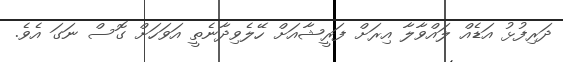
ދަރިފުޅު އަޑެއް ލައްވާލާ އިރަށް ފަރީޝާއަށް ހޭލެވިދާނެތީ އަވަހަށް ގޮސް ނަގަ އެވެ.